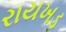
રાયખડ